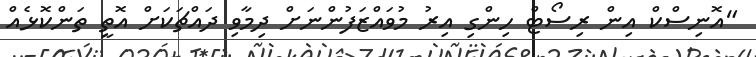
"އޮނިސްކް އިން ރިސޯޓް ހިންގި އިރު މުވައްޒަފުންނަށް ދިމާވި ދައްޗަކަށް އޮތީ ތަންކޮޅެއް